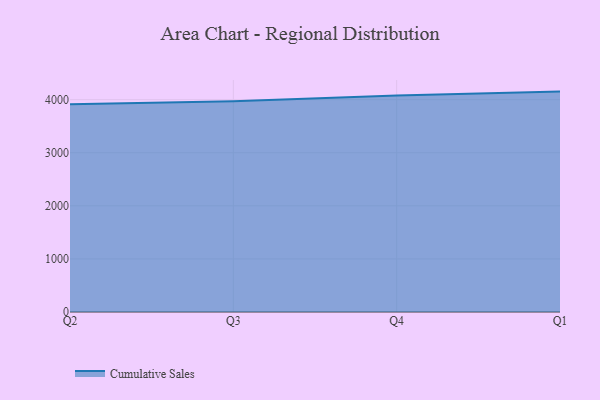
{"axis": {"x": "Quarter", "y": "Page Views"}, "legend": ["Cumulative Sales"], "data": [{"x": "Q2", "y": 3915.9, "type": "Cumulative Sales"}, {"x": "Q3", "y": 3971.7, "type": "Cumulative Sales"}, {"x": "Q4", "y": 4079.8, "type": "Cumulative Sales"}, {"x": "Q1", "y": 4152.2, "type": "Cumulative Sales"}]}